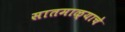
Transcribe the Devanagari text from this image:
सातमाळ्याचे